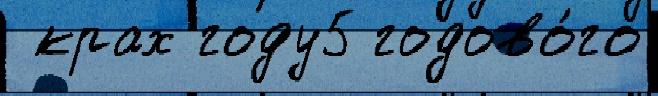
 крах году5 годово́го